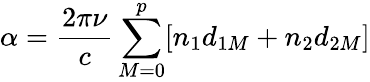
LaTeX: \alpha=\frac{2\pi\nu}{c}\sum_{M=0}^{p}[n_{1}d_{1M}+n_{2}d_{2M}]